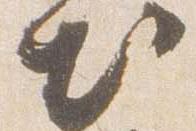
出